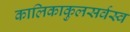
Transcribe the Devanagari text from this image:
कालिकाकुलसर्वस्व